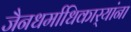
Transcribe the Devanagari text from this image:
जैनधर्माधिकार्‍यांना